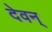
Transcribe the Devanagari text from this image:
देवन्